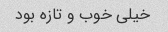
خیلی خوب و تازه بود